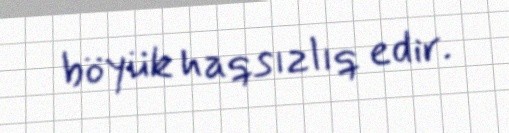
böyük haqsızlıq edir.